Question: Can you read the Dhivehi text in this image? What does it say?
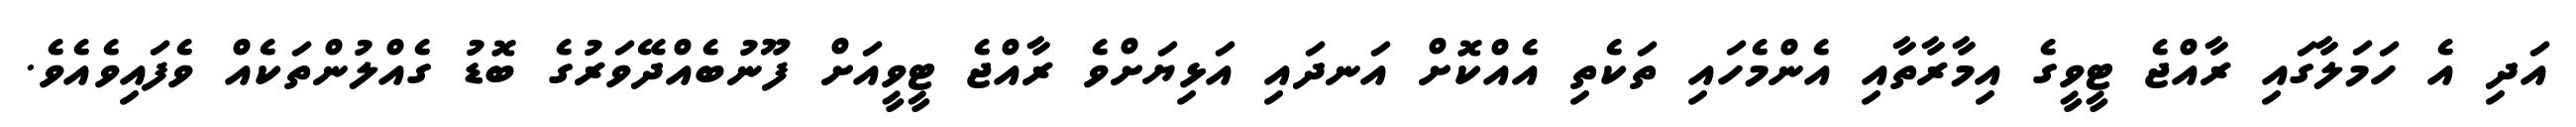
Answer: އަދި އެ ހަމަލާގައި ރާއްޖެ ޓީވީގެ އިމާރާތާއި އެންމެހައި ތަކެތި އެއްކޮށް އަނދައި އަޅިޔަށްވެ ރާއްޖެ ޓީވީއަށް ފޫނުބެއްދޭވަރުގެ ބޮޑު ގެއްލުންތަކެއް ވެފައިވެއެވެ.